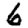
Digit: 6